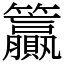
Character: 籯